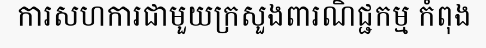
ការសហការជាមួយក្រសួងពារណិជ្ជកម្ម កំពុង